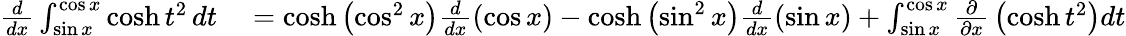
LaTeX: \begin{array}{rl}{{\frac{d}{dx}}\int_{\sin x}^{\cos x}\cosh t^{2}\, dt}&{{}=\cosh\left(\cos^{2}x\right){\frac{d}{dx}}(\cos x)-\cosh\left(\sin^{2}x\right){\frac{d}{dx}}(\sin x)+\int_{\sin x}^{\cos x}{\frac{\partial}{\partial x}}\left(\cosh t^{2}\right)dt}\end{array}